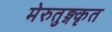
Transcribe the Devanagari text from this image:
मेरुतुङ्गकृत